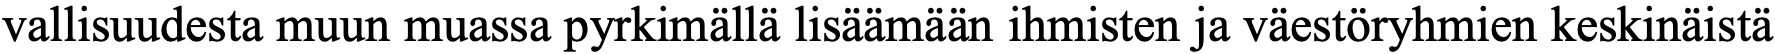
vallisuudesta muun muassa pyrkimällä lisäämään ihmisten ja väestöryhmien keskinäistä